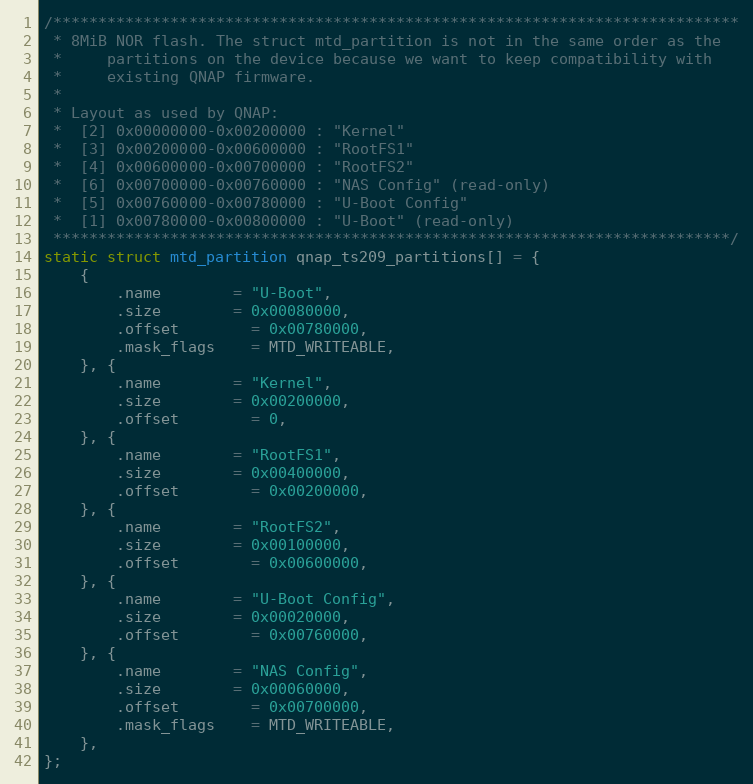
Language: C
/****************************************************************************
 * 8MiB NOR flash. The struct mtd_partition is not in the same order as the
 *     partitions on the device because we want to keep compatibility with
 *     existing QNAP firmware.
 *
 * Layout as used by QNAP:
 *  [2] 0x00000000-0x00200000 : "Kernel"
 *  [3] 0x00200000-0x00600000 : "RootFS1"
 *  [4] 0x00600000-0x00700000 : "RootFS2"
 *  [6] 0x00700000-0x00760000 : "NAS Config" (read-only)
 *  [5] 0x00760000-0x00780000 : "U-Boot Config"
 *  [1] 0x00780000-0x00800000 : "U-Boot" (read-only)
 ***************************************************************************/
static struct mtd_partition qnap_ts209_partitions[] = {
	{
		.name		= "U-Boot",
		.size		= 0x00080000,
		.offset		= 0x00780000,
		.mask_flags	= MTD_WRITEABLE,
	}, {
		.name		= "Kernel",
		.size		= 0x00200000,
		.offset		= 0,
	}, {
		.name		= "RootFS1",
		.size		= 0x00400000,
		.offset		= 0x00200000,
	}, {
		.name		= "RootFS2",
		.size		= 0x00100000,
		.offset		= 0x00600000,
	}, {
		.name		= "U-Boot Config",
		.size		= 0x00020000,
		.offset		= 0x00760000,
	}, {
		.name		= "NAS Config",
		.size		= 0x00060000,
		.offset		= 0x00700000,
		.mask_flags	= MTD_WRITEABLE,
	},
};